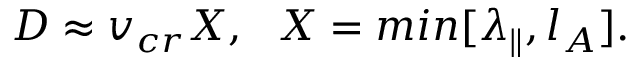
D \approx v _ { c r } X , ~ ~ X = m i n [ \lambda _ { \| } , l _ { A } ] .